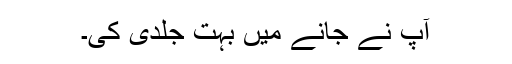
آپ نے جانے میں بہت جلدی کی۔